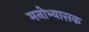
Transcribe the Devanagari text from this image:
मनोभ्यासक